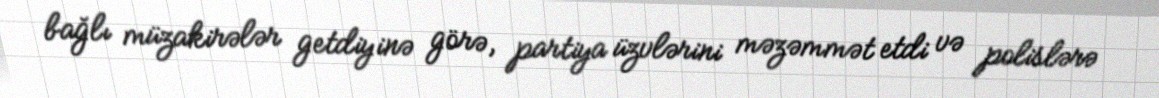
bağlı müzakirələr getdiyinə görə, partiya üzvlərini məzəmmət etdi və polislərə